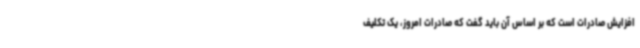
افزایش صادرات است که بر اساس آن باید گفت که صادرات امروز، یک تکلیف